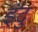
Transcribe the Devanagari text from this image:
इंदु